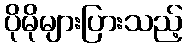
ပိုမိုများပြားသည့်